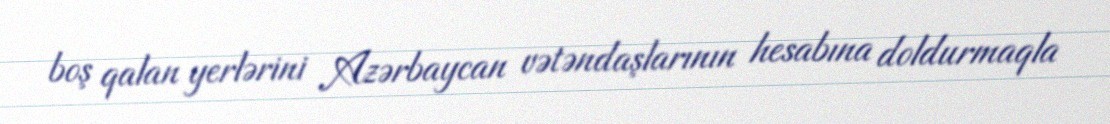
boş qalan yerlərini Azərbaycan vətəndaşlarının hesabına doldurmaqla